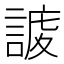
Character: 𧩅